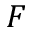
F